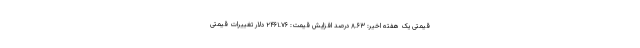
قیمتی یک هفته اخیر: ۸.۶۳ درصد افزایش قیمت: ۲۴۶۱.۷۶ دلار تغییرات قیمتی